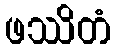
ဖဿိတံ